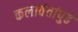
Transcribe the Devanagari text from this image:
कलावंतांपुढे